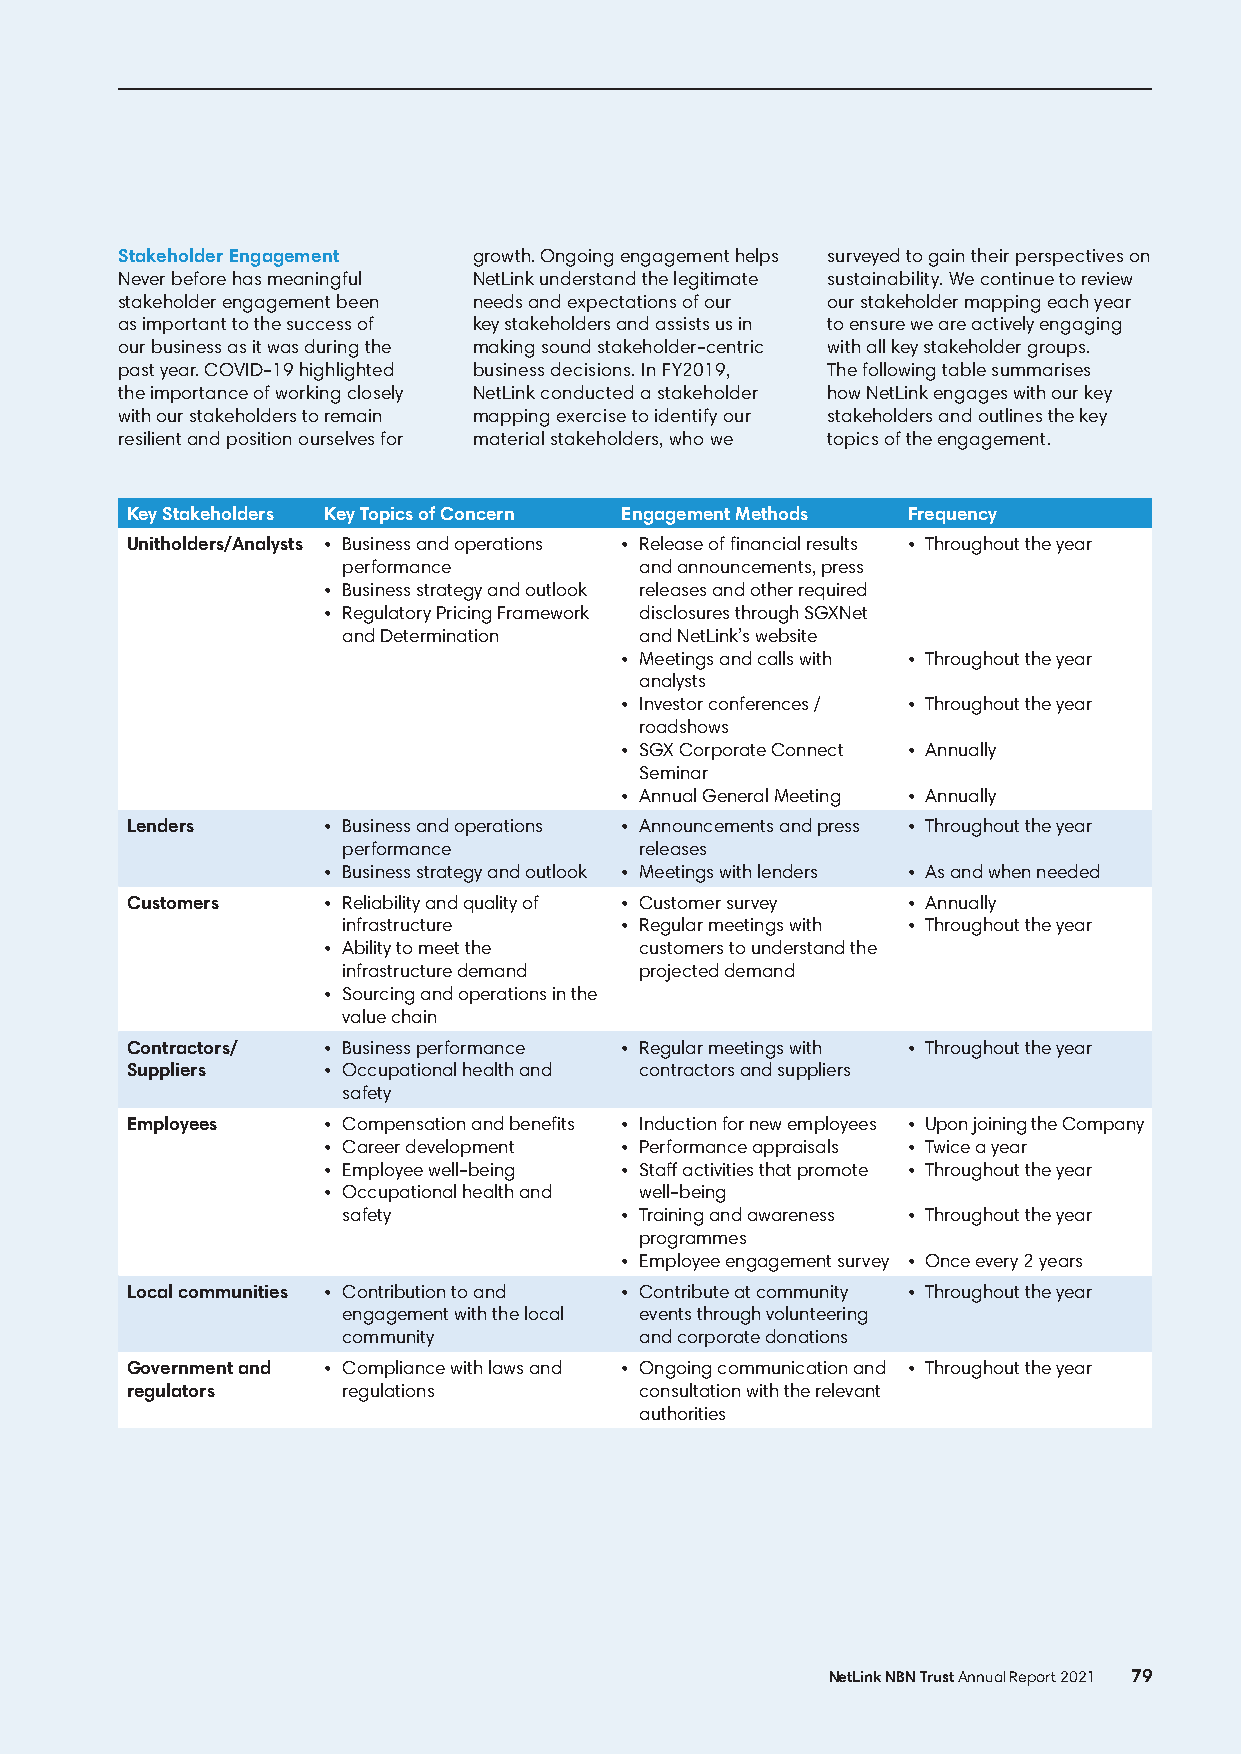
Stakeholder Engagement growth. Ongoing engagement helps surveyed to gain their perspectives on
 Never before has meaningful NetLink understand the legitimate sustainability. We continue to review
 stakeholder engagement been needs and expectations of our our stakeholder mapping each year
 as important to the success of key stakeholders and assists us in to ensure we are actively engaging
 our business as it was during the making sound stakeholder-centric with all key stakeholder groups.
 past year. COVID-19 highlighted business decisions. In FY2019, The following table summarises
 the importance of working closely NetLink conducted a stakeholder how NetLink engages with our key
 with our stakeholders to remain mapping exercise to identify our stakeholders and outlines the key
 resilient and position ourselves for material stakeholders, who we topics of the engagement.
 Key Stakeholders Key Topics of Concern Engagement Methods Frequency
 Unitholders/Analysts • Business and operations • Release of financial results • Throughout the year
 performance        and announcements, press
 • Business strategy and outlook releases and other required
 • Regulatory Pricing Framework disclosures through SGXNet
 and Determination  and NetLink’s website
 • Meetings and calls with • Throughout the year
 analysts
 • Investor conferences / • Throughout the year
 roadshows
 • SGX Corporate Connect • Annually
 Seminar
 • Annual General Meeting • Annually
 Lenders      • Business and operations • Announcements and press • Throughout the year
 performance        releases
 • Business strategy and outlook • Meetings with lenders • As and when needed
 Customers    • Reliability and quality of • Customer survey • Annually
 infrastructure    • Regular meetings with • Throughout the year
 • Ability to meet the customers to understand the
 infrastructure demand projected demand
 • Sourcing and operations in the
 value chain
 Contractors/ • Business performance • Regular meetings with • Throughout the year
 Suppliers    • Occupational health and contractors and suppliers
 safety
 Employees    • Compensation and benefits • Induction for new employees • Upon joining the Company
 • Career development • Performance appraisals • Twice a year
 • Employee well-being • Staff activities that promote • Throughout the year
 • Occupational health and well-being
 safety            • Training and awareness • Throughout the year
 programmes
 • Employee engagement survey • Once every 2 years
 Local communities • Contribution to and • Contribute at community • Throughout the year
 engagement with the local events through volunteering
 community          and corporate donations
 Government and • Compliance with laws and • Ongoing communication and • Throughout the year
 regulators     regulations        consultation with the relevant
 authorities
 NetLink NBN Trust Annual Report 2021 79